Lunatic asylums Central Provinces reports 1910-1926 - 1910-1926
Year: 1910
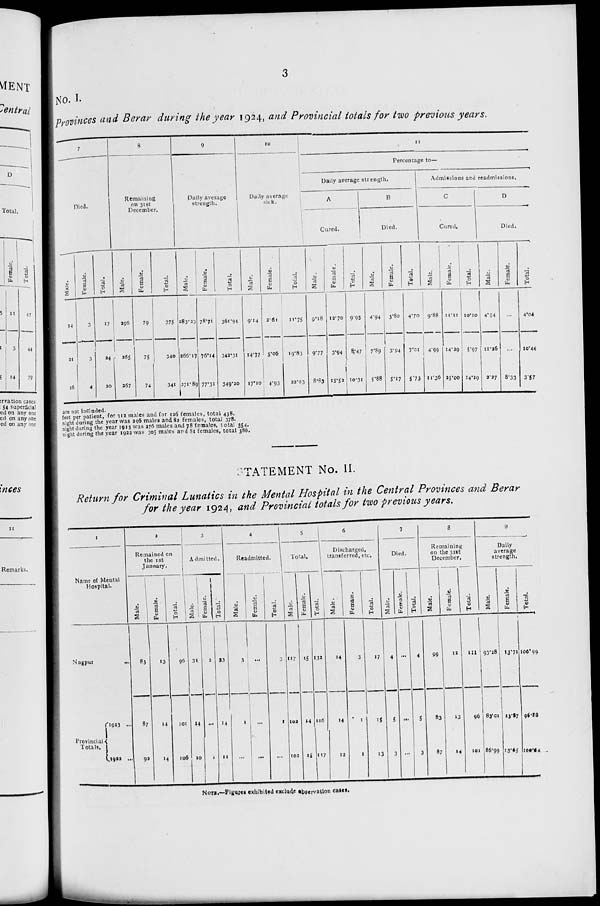
3
No. I.
Provinces and Berar during the year 1924, and Provincial totals for two previous years.
7
Died.
Male.
14
21
16
Female.
3
3
4
Total.
17
24
20
8
Remaining
on 31st
December.
Male.
296
265
267
Female.
79
75
74
Total.
375
340
341
9
Daily average
strength.
Male.
283.23
266.17
271.89
Female.
78.71
76.14
77.31
Total.
361.94
342.31
349.20
10
Daily average
sick.
Male.
9.14
14.77
17.10
Female.
2.61
5.06
4.93
Total.
11.75
19.83
22.03
11
Percentage to—
Daily average strength.
A
Cured.
Male.
9.18
9.77
8.83
Female.
12.70
3.94
15.52
Total.
9.95
8.47
10.31
B
Died.
Male.
4.94
7.89
5.88
Female.
3.80
3.94
5.17
Total.
4.70
7.01
5.73
Admissions and readmissions.
C
Cured.
Male.
9.88
4.99
11.36
Female.
11.11
14.29
25.00
Total.
10.10
5.97
14.29
D
Died.
Male.
4.94
11.26
2.27
Female.
...
...
8.33
Total.
4.04
10.44
3.57
are not included.
feet per patient, for 312 males and for 126 females, total 438.
night during the year was 296 males and 82 females, total 378.
night during the year 1923 was 276 males and 78 females, total 354.
night during the year 1922 was 305 males and 81 females, total 386.
STATEMENT No. II.
Return for Criminal Lunatics in the Mental Hospital in the Central Provinces and Berar
for the year 1924, and Provincial totals for two previous years.
1
Name of Mental
Hospital.
Nagpur
...
Provincial
Totals.
1923 ...
1922 ...
2
Remained on
the 1st
January.
Male.
83
87
92
Female.
13
14
14
Total.
96
101
106
3
Admitted.
Male.
31
14
10
Female.
2
...
1
Total.
33
14
11
4
Readmitted.
Male.
3
1
...
Female.
...
...
...
Total.
3
1
...
5
Total.
Male.
117
102
102
Female.
15
14
15
Total.
132
116
117
6
Discharged,
transferred, etc.
Male.
14
14
12
Female.
3
1
1
Total.
17
15
13
7
Died.
Male.
4
5
3
Female.
...
...
...
Total.
4
5
3
8
Remaining
on the 31st
December.
Male.
99
83
87
Female.
12
13
14
Total.
111
96
101
9
Daily
average
strength.
Male.
93.28
83.01
86.99
Female.
13.71
13.87
13.65
Total.
106.99
96.88
100.64
NOTE.—Figures exhibited exclude observation cases.